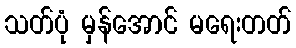
သတ်ပုံ မှန်အောင် မရေးတတ်